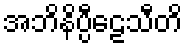
အဘိနိပ္ပီဠေသီတိ